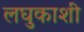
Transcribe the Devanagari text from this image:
लघुकाशी